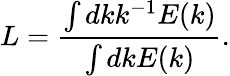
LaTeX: L=\frac{\int dkk^{-1}E(k)}{\int dkE(k)}.